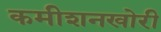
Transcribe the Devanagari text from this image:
कमीशनखोरी